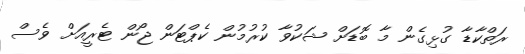
ރަތްކާޑާ ގުޅިގެން މާ ބޮޑަށް ޝަކުވާ ކުރުމުން ކެޕްޓަން ޖޯން ޓެރީއަށް ވެސް